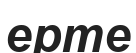
ерте